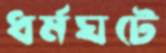
ধর্মঘটে